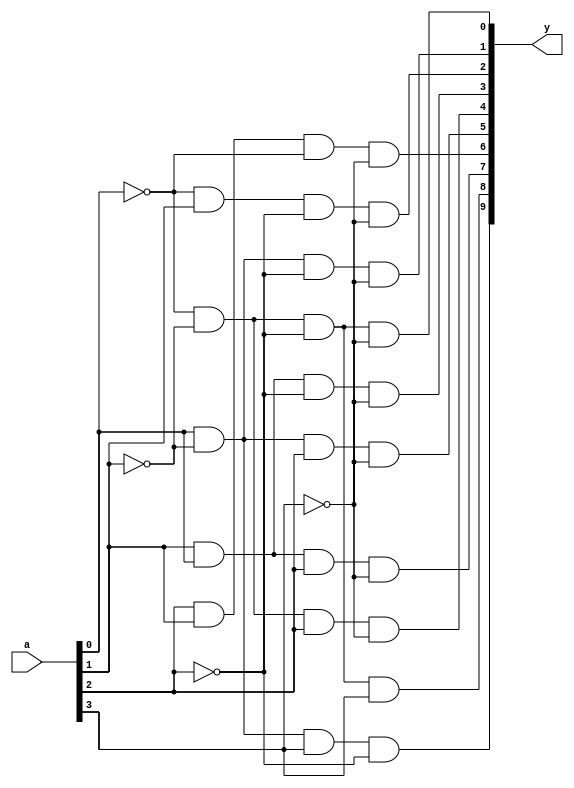
`timescale 1ns / 1ps

module Bcd_to_Dec(
input [3:0] a,
output [9:0] y
    );
    wire w0,w1,w2,w3;
    not a0(w0,a[0]);
    not a1(w1,a[1]);
    not a2(w2,a[2]);
    not a3(w3,a[3]);
    
    and n1(y[0],w0,w1,w2,w3);
    and n2(y[1],a[0],w1,w2,w3);
    and n3(y[2],w0,a[1],w2,w3);
    and n4(y[3],a[1],a[0],w2,w3);
    and n5(y[4],w0,w1,a[2],w3);
    and n6(y[5],a[0],w1,a[2],w3);
    and n7(y[6],a[2],a[1],w0,w3);
    and n8(y[7],a[0],a[1],a[2],w3);
    and n9(y[8],w0,w1,w2,a[3]);
    and n10(y[9],a[0],w1,a[3],w2);
    
endmodule